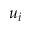
u _ { i }